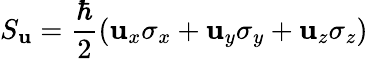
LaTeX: S_{\mathbf{u}}={\frac{{\hbar}}{{2}}}(\mathbf{u}_{x}\sigma_{x}+\mathbf{u}_{y}\sigma_{y}+\mathbf{u}_{z}\sigma_{z})